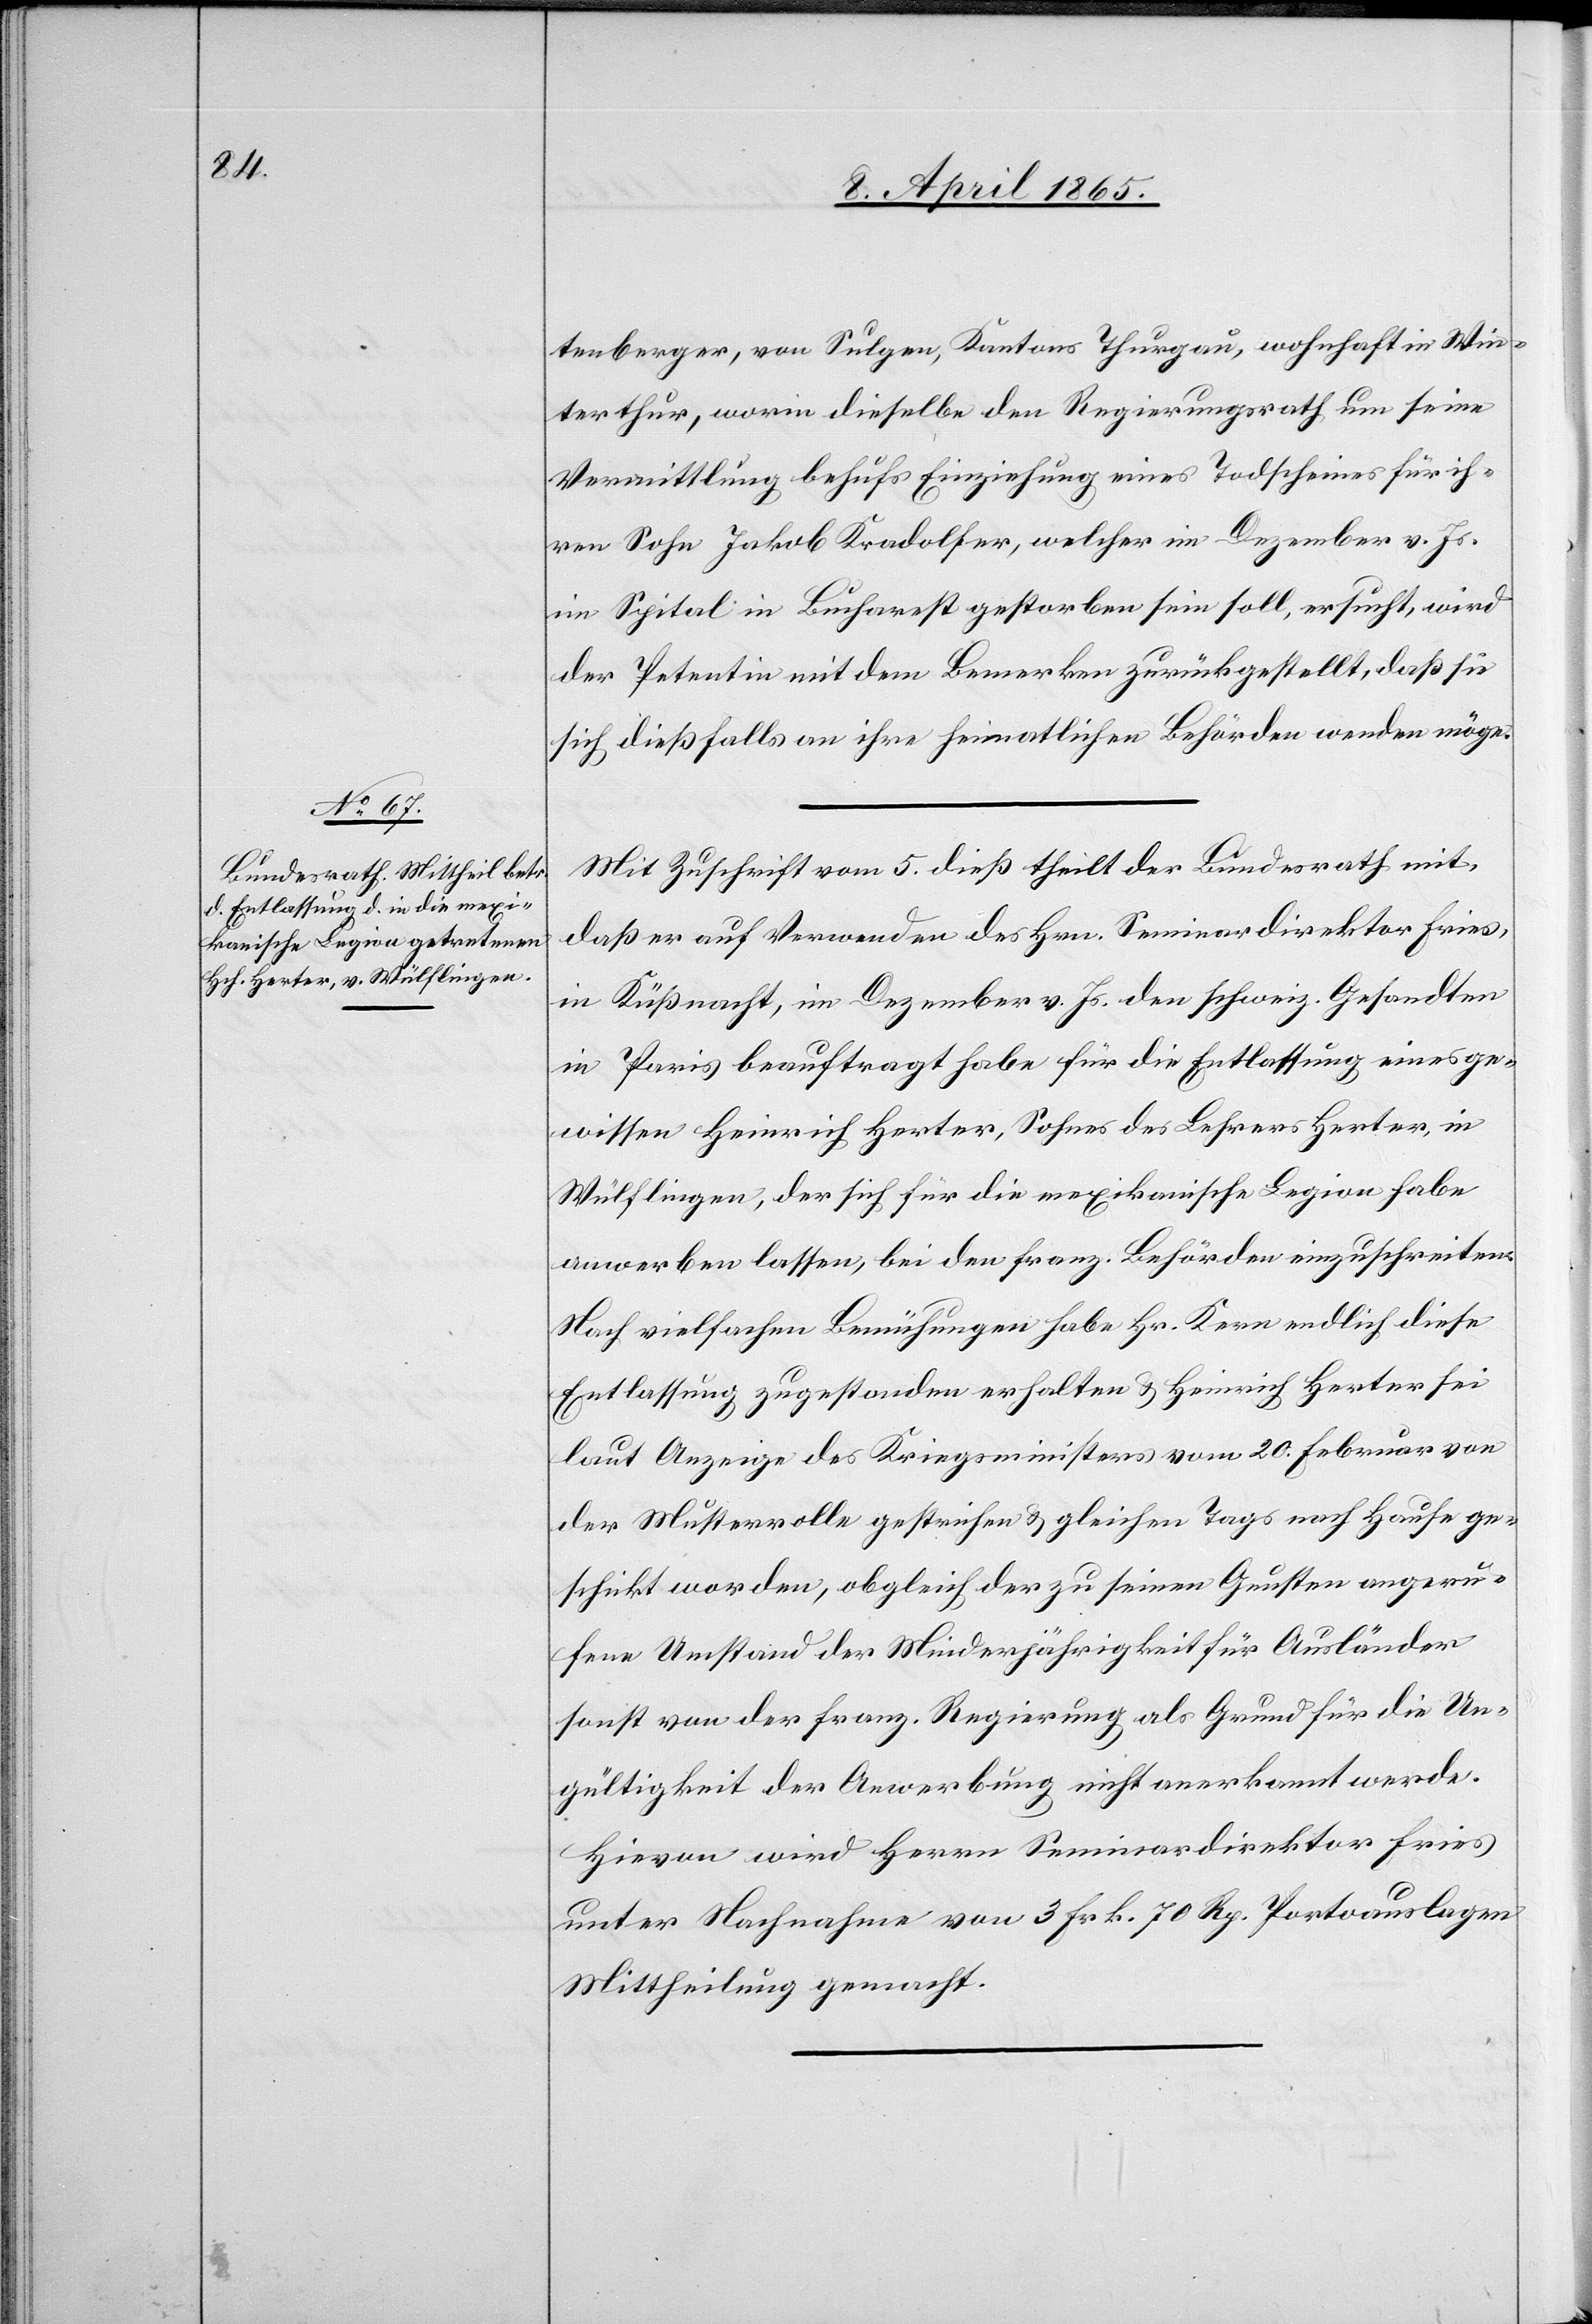
8. April 1865.]
tenberger, von Sulgen, Kantons Thurgau, wohnhaft in Win¬
terthur, worin dieselbe den Regierungsrath um seine
Vermittlung behufs Einziehung eines Todscheines für ih¬
ren Sohn Jakob Kradolfer, welcher im Dezember v. Js.
im Spital in Bucharest gestorben sein soll, ersucht, wird
der Petentin mit dem Bemerken zurückgestellt, daß sie
sich dießfalls an ihre heimatlichen Behörden wenden möge.
Mit Zuschrift vom 5. dieß theilt der Bundesrath mit,
daß er auf Verwenden des Hrn. Seminardirektor Fries,
in Küßnacht, im Dezember v. Js. den schweiz. Gesandten
in Paris beauftragt habe für die Entlassung eines ge¬
wissen Heinrich Herter, Sohnes des Lehrers Herter, in
Wülflingen, der sich für die mexikanische Legion habe
anwerben lassen, bei den franz. Behörden einzuschreiten.
Nach vielfachen Bemühungen habe Hr. Kern endlich diese
Entlassung zugestanden erhalten & Heinrich Herter sei
laut Anzeige des Kriegsministers vom 20. Februar von
der Musterrolle gestrichen & gleichen Tags nach Hause ge¬
schickt worden, obgleich der zu seinen Gunsten angeru¬
fene Umstand der Minderjährigkeit für Ausländer
sonst von der franz. Regierung als Grund für die Un¬
gültigkeit der Anwerbung nicht anerkannt werde.
Hievon wird Herrn Seminardirektor Fries
unter Nachnahme von 3 Frk. 70 Rp. Portoauslagen
Mittheilung gemacht.